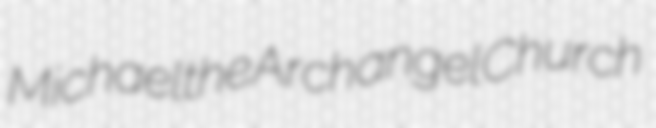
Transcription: Michael the Archangel Church